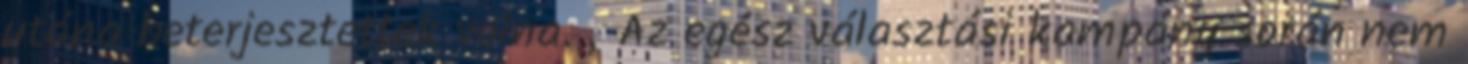
utána beterjesztettek volna. „Az egész választási kampány során nem